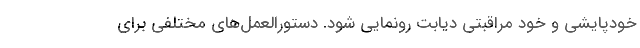
خودپایشی و خود مراقبتی دیابت رونمایی شود. دستورالعمل‌های مختلفی برای